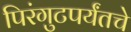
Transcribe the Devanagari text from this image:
पिरंगुटपर्यंतचे